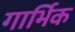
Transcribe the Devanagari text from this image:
गार्भिक